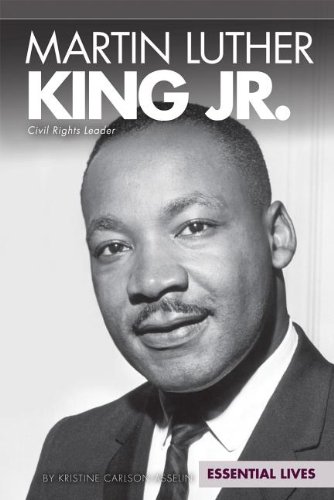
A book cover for Martin Luther King Jr.: Civil Rights Leader (Essential Lives); Kristine Carlson Asselin; Teen & Young Adult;